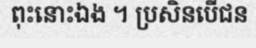
ពុះនោះឯង ។ ប្រសិនបើជន